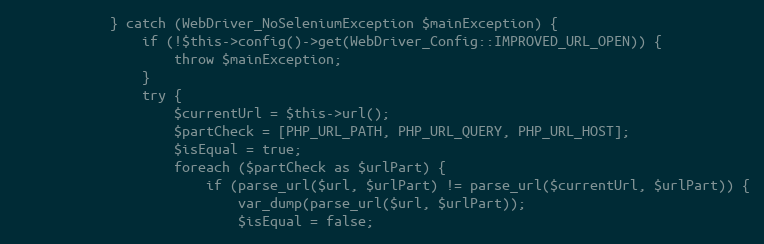
Language: PHP
            } catch (WebDriver_NoSeleniumException $mainException) {
                if (!$this->config()->get(WebDriver_Config::IMPROVED_URL_OPEN)) {
                    throw $mainException;
                }
                try {
                    $currentUrl = $this->url();
                    $partCheck = [PHP_URL_PATH, PHP_URL_QUERY, PHP_URL_HOST];
                    $isEqual = true;
                    foreach ($partCheck as $urlPart) {
                        if (parse_url($url, $urlPart) != parse_url($currentUrl, $urlPart)) {
                            var_dump(parse_url($url, $urlPart));
                            $isEqual = false;